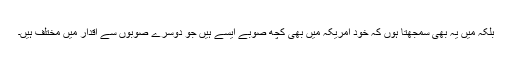
بلکہ میں یہ بهى سمجهتا ہوں کہ خود امریکہ میں بهى کچھ صوبے ایسے ہیں جو دوسرے صوبوں سے اقدار میں مختلف ہیں۔